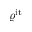
\varrho ^ { \mathrm { i t } }